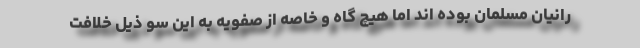
رانیان مسلمان بوده اند اما هیچ گاه و خاصه از صفویه به این سو ذیل خلافت